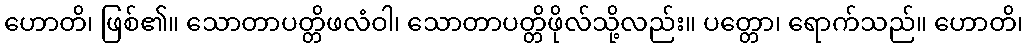
ဟောတိ၊ ဖြစ်၏။ သောတာပတ္တိဖလံဝါ၊ သောတာပတ္တိဖိုလ်သို့လည်း။ ပတ္တော၊ ရောက်သည်။ ဟောတိ၊